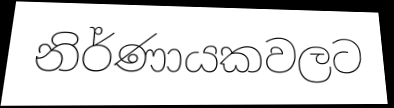
නිර්ණායකවලට